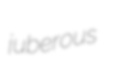
juberous